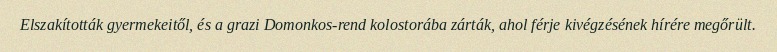
Elszakították gyermekeitől, és a grazi Domonkos-rend kolostorába zárták, ahol férje kivégzésének hírére megőrült.